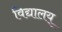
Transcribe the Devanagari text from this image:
विद्यालय्